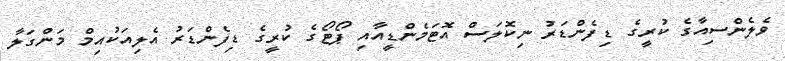
ވެލެންސިއާގެ ކުރީގެ ޑިފެންޑަރު ނިކޮލަސް އޮޓަމެންޑީއާއި ޕޯޓޯގެ ކުރީގެ ޑިފެންޑަރު އެލިއަކުއިމް މަންގަލާ